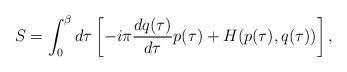
LaTeX: \begin{align*}S=\int_0^{\beta} d\tau \left[ -i\pi\frac{dq(\tau)}{d\tau}p(\tau)+H(p(\tau),q(\tau)) \right],\end{align*}